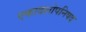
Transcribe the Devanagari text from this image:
एकादशोपनिषद